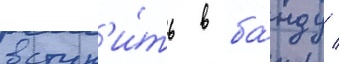
вступ'и́ть в ба́нду /